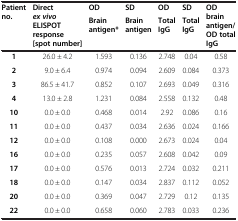
| <ROWSPAN=2> Patient no. | <ROWSPAN=2> Directex vivoELISPOT response [spot number] | OD | SD | OD | SD | <ROWSPAN=2> OD brain antigen/OD total IgG |
 | Brain antigen* | Brain antigen | Total IgG | Total IgG |
 | --- | --- | --- | --- | --- | --- | --- |
 | 1 | 26.0 ± 4.2 | 1.593 | 0.136 | 2.748 | 0.04 | 0.58 |
 | 2 | 9.0 ± 6.4 | 0.974 | 0.094 | 2.609 | 0.084 | 0.373 |
 | 3 | 86.5 ± 41.7 | 0.852 | 0.107 | 2.693 | 0.049 | 0.316 |
 | 4 | 13.0 ± 2.8 | 1.231 | 0.084 | 2.558 | 0.132 | 0.48 |
 | 10 | 0.0 ± 0.0 | 0.468 | 0.014 | 2.92 | 0.086 | 0.16 |
 | 11 | 0.0 ± 0.0 | 0.437 | 0.034 | 2.636 | 0.024 | 0.166 |
 | 12 | 0.0 ± 0.0 | 0.108 | 0.000 | 2.673 | 0.024 | 0.04 |
 | 16 | 0.0 ± 0.0 | 0.235 | 0.057 | 2.608 | 0.042 | 0.09 |
 | 17 | 0.0 ± 0.0 | 0.576 | 0.013 | 2.724 | 0.032 | 0.211 |
 | 18 | 0.0 ± 0.0 | 0.147 | 0.034 | 2.837 | 0.112 | 0.052 |
 | 20 | 0.0 ± 0.0 | 0.369 | 0.047 | 2.729 | 0.12 | 0.135 |
 | 22 | 0.0 ± 0.0 | 0.658 | 0.060 | 2.783 | 0.033 | 0.236 |